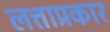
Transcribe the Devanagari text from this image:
लत्ताप्रकार